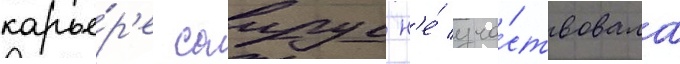
карье́р'е саирус н'е́ уча́ствовала